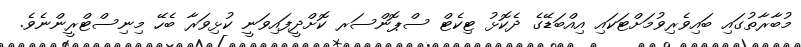
މުބާރާތުގައި ބައިވެރިވުމަށްޓަކައި އިއްބަޑޭގެ ދެކޮޅު ޓިކެޓް ސްޕޮންސަރ ކޮށްދީފައިވަނީ ކުޅިވަރާ ބެހޭ މިނިސްޓްރީންނެވެ.